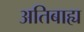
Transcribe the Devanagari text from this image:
अतिबाह्य